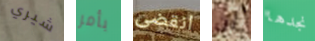
شيري بأمر انقضى أن نجدها